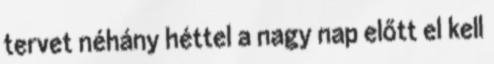
tervet néhány héttel a nagy nap előtt el kell